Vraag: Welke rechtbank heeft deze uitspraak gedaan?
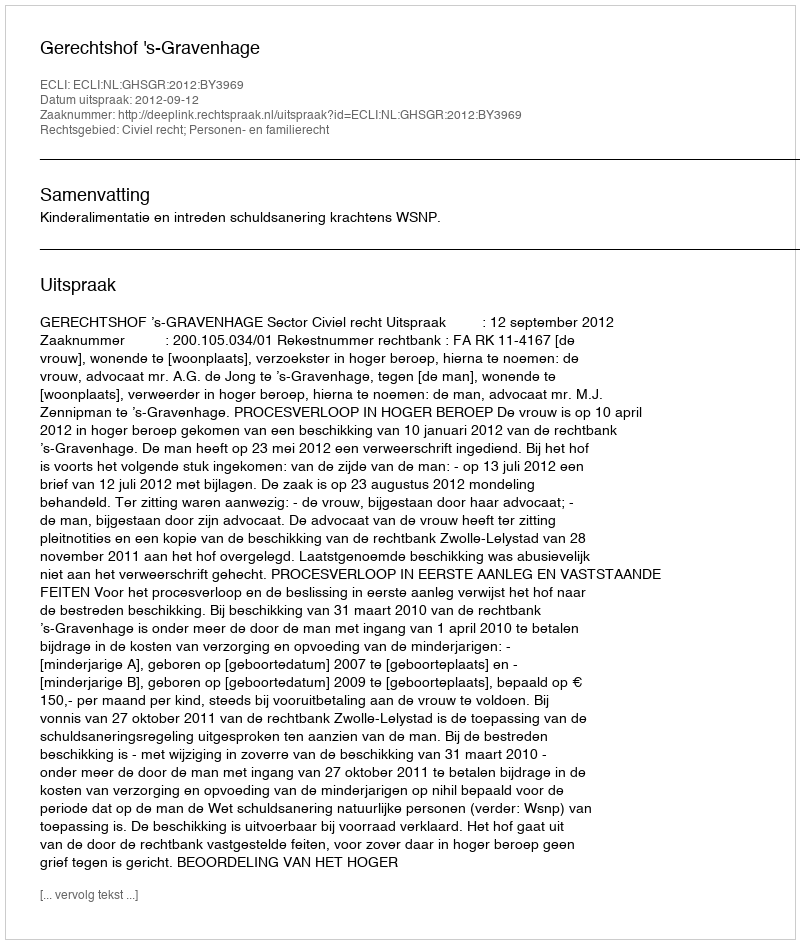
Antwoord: Gerechtshof 's-Gravenhage